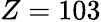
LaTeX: Z=103